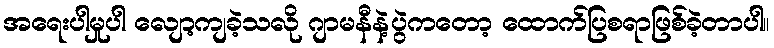
အရေးပါမှုပါ လျော့ကျခဲ့သလို ဂျာမနီနဲ့ပွဲကတော့ ထောက်ပြစရာဖြစ်ခဲ့တာပါ။